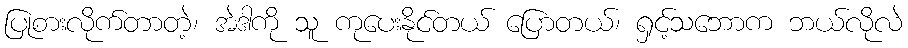
ပြုစားလိုက်တာတဲ့၊ အဲဒါကို သူ ကုပေးနိုင်တယ် ပြောတယ်၊ ရှင့်သဘောက ဘယ်လိုလဲ